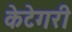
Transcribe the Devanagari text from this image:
केटेगरी